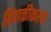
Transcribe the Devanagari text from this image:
विषाक्तीकरण